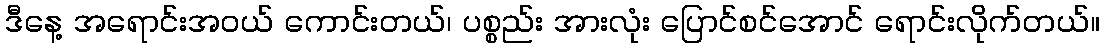
ဒီနေ့ အရောင်းအဝယ် ကောင်းတယ်၊ ပစ္စည်း အားလုံး ပြောင်စင်အောင် ရောင်းလိုက်တယ်။